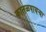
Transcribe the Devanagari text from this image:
कातळपायऱ्या